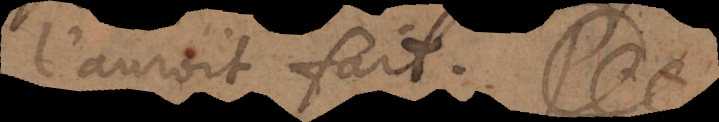
l’auroit fait.